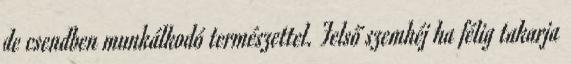
de csendben munkálkodó természettel. Felső szemhéj ha félig takarja